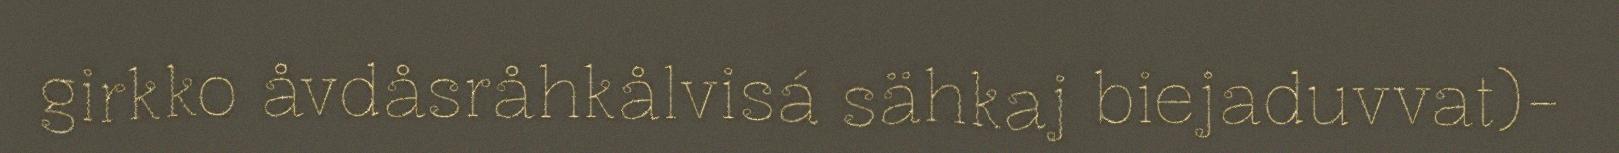
girkko åvdåsråhkålvisá sähkaj biejaduvvat)-